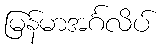
မြန်မာအင်္ဂလိပ်